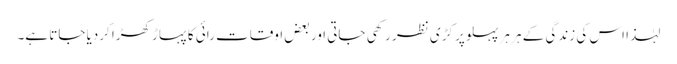
لہٰذا اس کی زندگی کے ہر ہر پہلو پر کڑی نظر رکھی جاتی اور بعض اوقات رائی کا پہاڑ کھڑا کردیا جاتا ہے۔